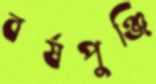
বর্ষপুঞ্জি